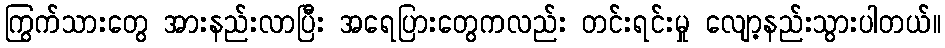
ကြွက်သားတွေ အားနည်းလာပြီး အရေပြားတွေကလည်း တင်းရင်းမှု လျော့နည်းသွားပါတယ်။